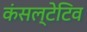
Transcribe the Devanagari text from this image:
कंसल्टेटिव